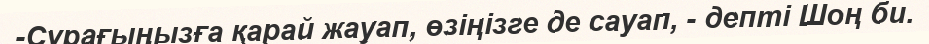
-Сұрағыңызға қарай жауап, өзіңізге де сауап, - депті Шоң би.